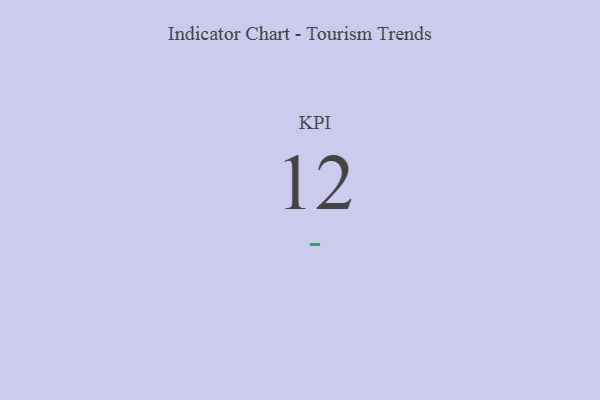
{"axis": {"x": "KPI", "y": "Value"}, "legend": [""], "data": [{"x": "KPI", "y": 12, "type": ""}]}